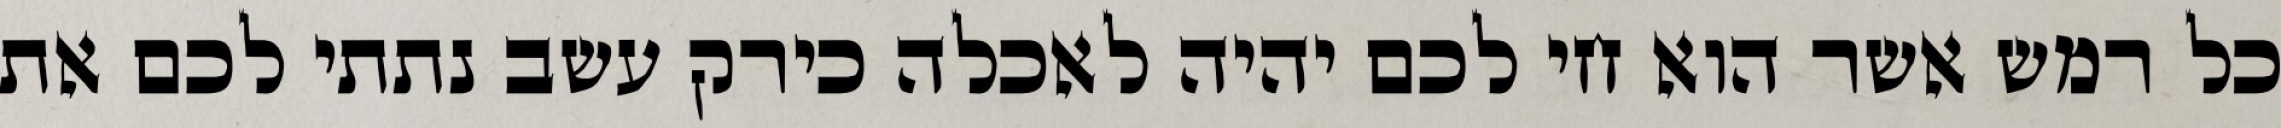
כל רמש אשר הוא חי לכם יהיה לאכלה כירק עשב נתתי לכם את